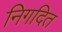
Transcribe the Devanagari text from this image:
निगदित